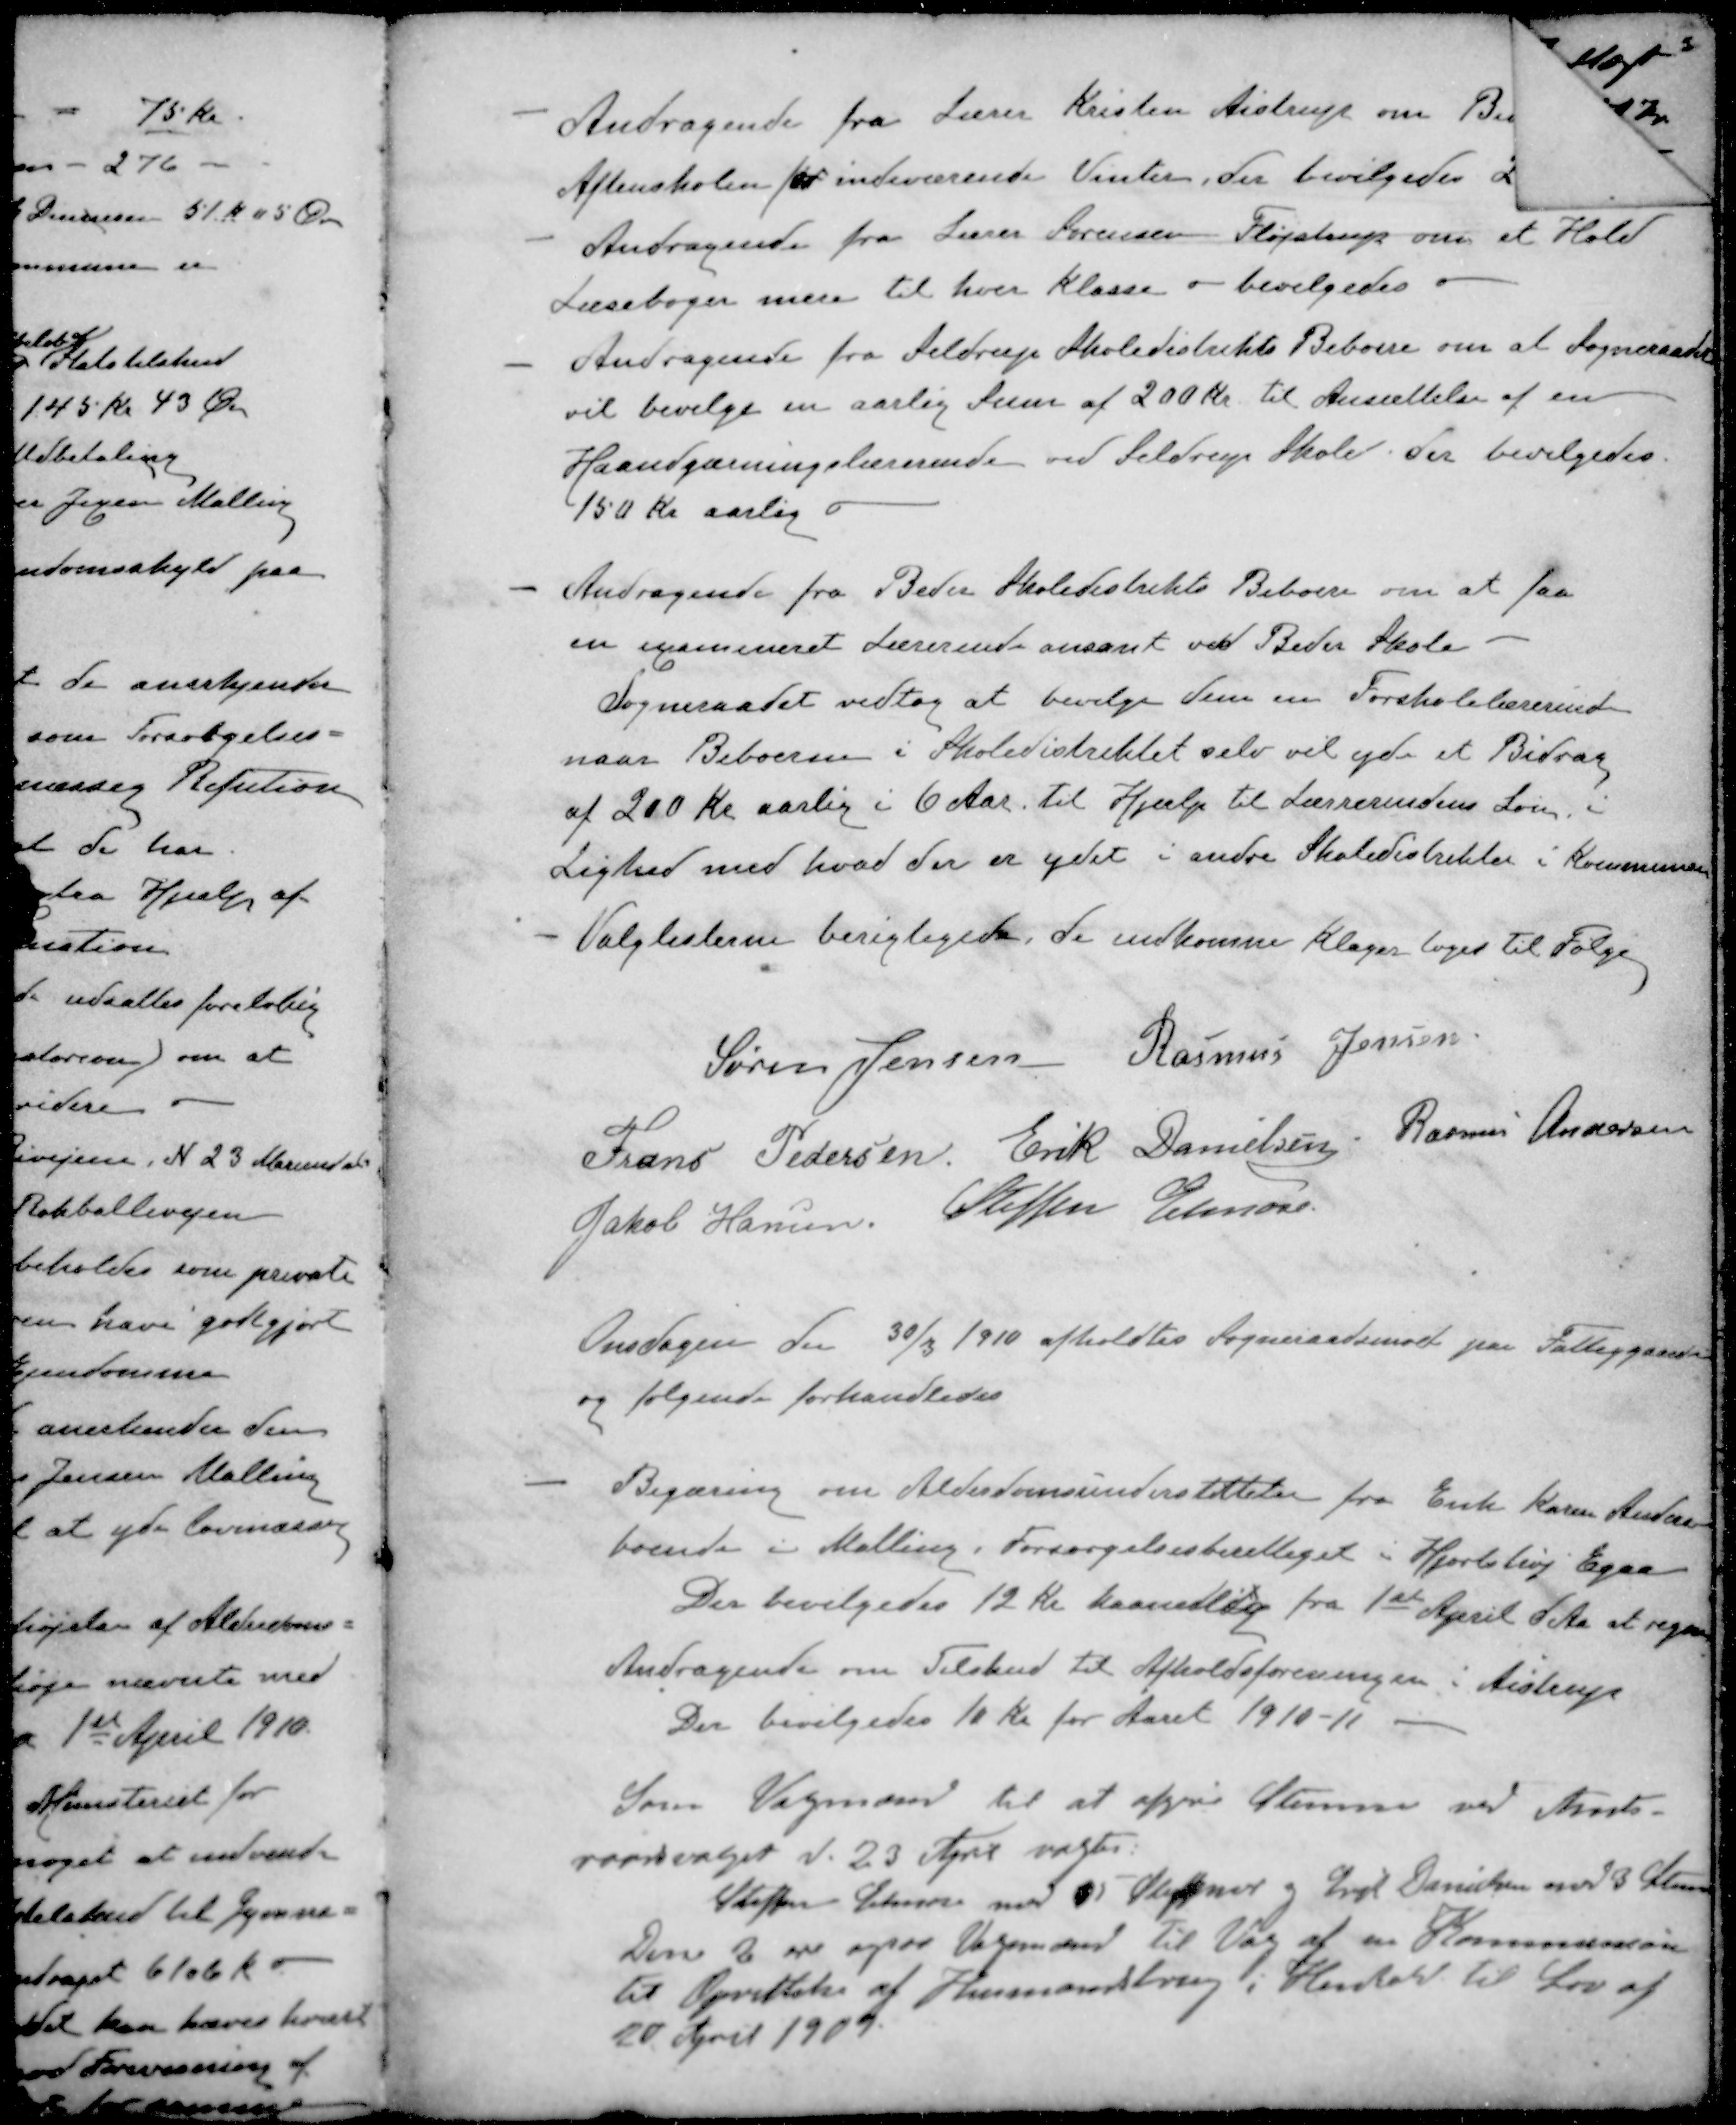
Transskription:
- Andragende fra Lærer Kristen Aistrup om 
Aftenskolen for indeværende Vinter, der bevilgedes 
- Andragende fra Lærer Sørensen Fløjstrup om et Hold
Læsebøger mere til hver Klasse - bevilgedes
- Andragende fra Seldrup Skoledistrikts Beboere om at Sogneraadet
vil bevilge en aarlig Sum af 200 Kr. til Ansættelse af en
Haandgærningslærerende ved Seldrup Skole. Der bevilgedes
150 Kr aarlig
- Andragende fra Beder Skoledistrikts Beboere om at faa
en examineret Lærerinde ansant ved Beder Skole -
Sogneraadet vedtog at bevilge dem en Forskolelærerinde
naar Beboerne i Skoledistriktet selv vil yde et Bidrag.
af 200 Kr aarlig i 6 Aar. til Hjælp til Lærrerindens Løn i
Lighed med hvad der er ydet i andre Skoledistrikter i Kommunen
- Valglisterne berigtigede, de indkomne Klager toges til Følge
Søren Jensen
Rasmus Jensen
Frans Pedersen
Erik Danielsen
Rasmus Andersen
Jakob Hansen
Steffen Elmose
Onsdagen den 30/3 1910 afholdtes Sogneraadsmøde paa Fattiggaarden
og følgende forhandledes
- Begæring om Alderdomsunderstøttelse fra Enke Karen Andersen
boende i Malling. Forsørgelsesberettiget i Hjortshøj Egaa
Der bevilgedes 12 Kr Maanedlig fra 1ste April d. Aa at regne
Andragende om Tilskud til Afholdsforeningen i Aistrup
Der bevilgedes 10 Kr for Aaret 1910-11 
Som Vagmænd til at afgive Stemmer ved Amts-
raadsvalget d. 23 April valgtes:
Steffen Elmose med 25 Stemmer og Erik Danielsen med 23 Stemmer
Disse 2 ere ogsaa Vagmænd til Vag af en Kommission
til Oprettelse af Husmandsbrug i Henhold til Lov af
20 April 1909.